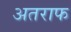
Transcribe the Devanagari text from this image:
अतराफ